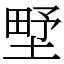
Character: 㙒